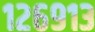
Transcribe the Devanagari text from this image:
१२६९१३